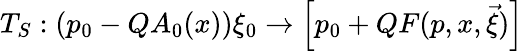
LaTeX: T_{S}:(p_{0}-QA_{0}(x))\xi_{0}\rightarrow\Big[p_{0}+QF(p,x,\vec{\xi})\Big]